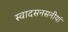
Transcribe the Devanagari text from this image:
स्वादसनसनीयां